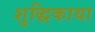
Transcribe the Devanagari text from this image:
शुद्धिकाया